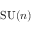
\operatorname { S U } ( n )